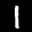
Label: 1